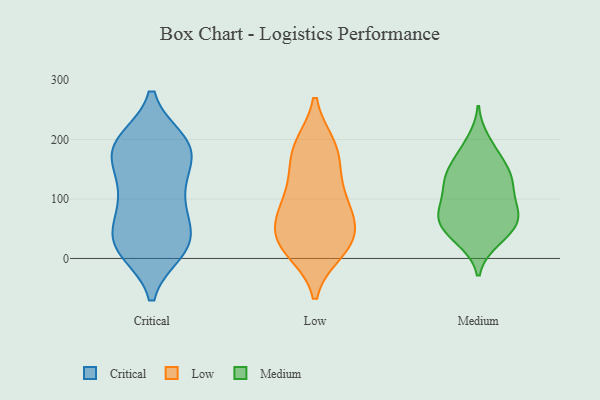
{"axis": {"x": "Latency (ms)", "y": "Value"}, "legend": ["Critical", "Low", "Medium"], "data": [{"x": "", "y": 15, "type": "Critical"}, {"x": "", "y": 189, "type": "Critical"}, {"x": "", "y": 18, "type": "Critical"}, {"x": "", "y": 31, "type": "Critical"}, {"x": "", "y": 124, "type": "Critical"}, {"x": "", "y": 45, "type": "Critical"}, {"x": "", "y": 197, "type": "Critical"}, {"x": "", "y": 97, "type": "Critical"}, {"x": "", "y": 82, "type": "Critical"}, {"x": "", "y": 27, "type": "Critical"}, {"x": "", "y": 74, "type": "Critical"}, {"x": "", "y": 164, "type": "Critical"}, {"x": "", "y": 195, "type": "Critical"}, {"x": "", "y": 25, "type": "Critical"}, {"x": "", "y": 191, "type": "Critical"}, {"x": "", "y": 193, "type": "Critical"}, {"x": "", "y": 117, "type": "Critical"}, {"x": "", "y": 177, "type": "Critical"}, {"x": "", "y": 158, "type": "Critical"}, {"x": "", "y": 13, "type": "Critical"}, {"x": "", "y": 53, "type": "Low"}, {"x": "", "y": 135, "type": "Low"}, {"x": "", "y": 12, "type": "Low"}, {"x": "", "y": 61, "type": "Low"}, {"x": "", "y": 14, "type": "Low"}, {"x": "", "y": 90, "type": "Low"}, {"x": "", "y": 28, "type": "Low"}, {"x": "", "y": 187, "type": "Low"}, {"x": "", "y": 87, "type": "Low"}, {"x": "", "y": 148, "type": "Low"}, {"x": "", "y": 96, "type": "Low"}, {"x": "", "y": 24, "type": "Low"}, {"x": "", "y": 42, "type": "Low"}, {"x": "", "y": 187, "type": "Low"}, {"x": "", "y": 190, "type": "Low"}, {"x": "", "y": 30, "type": "Medium"}, {"x": "", "y": 137, "type": "Medium"}, {"x": "", "y": 158, "type": "Medium"}, {"x": "", "y": 198, "type": "Medium"}, {"x": "", "y": 74, "type": "Medium"}, {"x": "", "y": 58, "type": "Medium"}, {"x": "", "y": 75, "type": "Medium"}, {"x": "", "y": 74, "type": "Medium"}, {"x": "", "y": 183, "type": "Medium"}, {"x": "", "y": 80, "type": "Medium"}, {"x": "", "y": 108, "type": "Medium"}, {"x": "", "y": 119, "type": "Medium"}, {"x": "", "y": 127, "type": "Medium"}, {"x": "", "y": 37, "type": "Medium"}, {"x": "", "y": 34, "type": "Medium"}, {"x": "", "y": 59, "type": "Medium"}, {"x": "", "y": 69, "type": "Medium"}, {"x": "", "y": 145, "type": "Medium"}, {"x": "", "y": 120, "type": "Medium"}, {"x": "", "y": 157, "type": "Medium"}]}